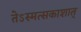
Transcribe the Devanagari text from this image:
तेऽस्मत्सकाशात्